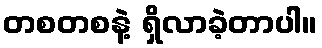
တစတစနဲ့ ရှိလာခဲ့တာပါ။